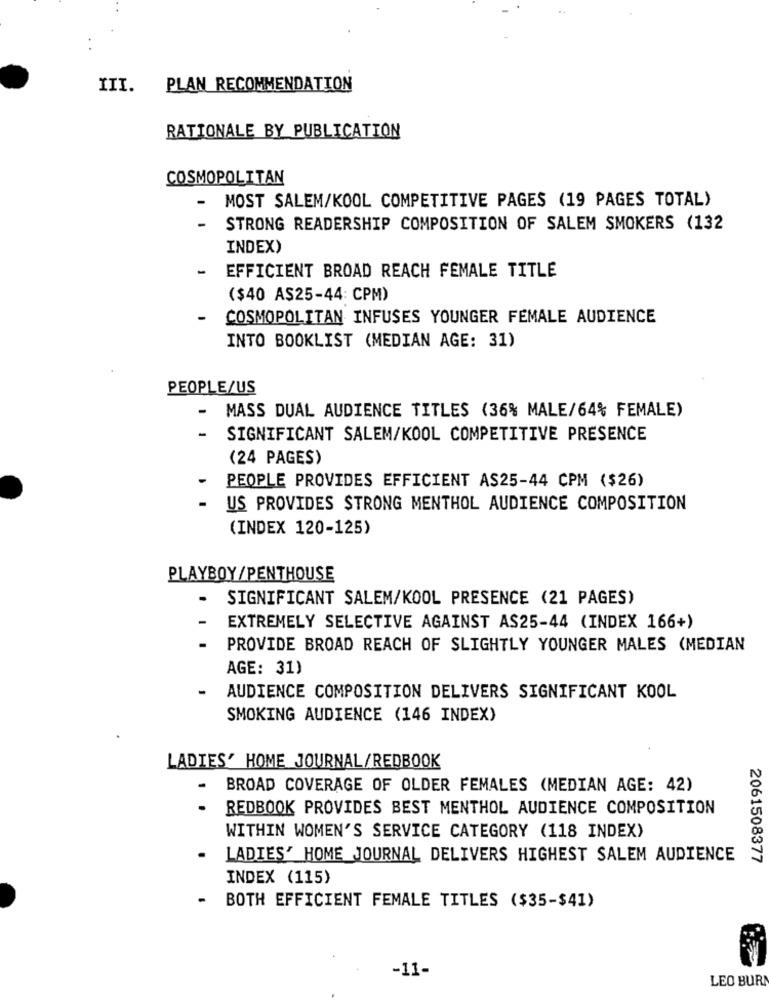
III.
PLAN RECOMMENDATION
RATIONALE BY PUBLICATION
COSMOPOLITAN
MOST SALEM/KOOL COMPETITIVE PAGES (19 PAGES TOTAL)
-
STRONG READERSHIP COMPOSITION OF SALEM SMOKERS (132
INDEX)
EFFICIENT BROAD REACH FEMALE TITLE
($40 AS25-44: CPM)
-
COSMOPOLITAN INFUSES YOUNGER FEMALE AUDIENCE
INTO BOOKLIST (MEDIAN AGE: 31)
PEOPLE/US
MASS DUAL AUDIENCE TITLES (36% MALE/64% FEMALE)
SIGNIFICANT SALEM/KOOL COMPETITIVE PRESENCE
(24 PAGES)
-
PEOPLE PROVIDES EFFICIENT AS25-44 CPM ($26)
US PROVIDES STRONG MENTHOL AUDIENCE COMPOSITION
(INDEX 120-125)
PLAYBOY/ PENTHOUSE
SIGNIFICANT SALEM/KOOL PRESENCE (21 PAGES)
EXTREMELY SELECTIVE AGAINST AS25-44 (INDEX 166+)
PROVIDE BROAD REACH OF SLIGHTLY YOUNGER MALES (MEDIAN
AGE: 31)
AUDIENCE COMPOSITION DELIVERS SIGNIFICANT KOOL
SMOKING AUDIENCE (146 INDEX)
LADIES' HOME JOURNAL/REDBOOK
BROAD COVERAGE OF OLDER FEMALES (MEDIAN AGE: 42)
REDBOOK PROVIDES BEST MENTHOL AUDIENCE COMPOSITION
WITHIN WOMEN'S SERVICE CATEGORY (118 INDEX)
.
LADIES' HOME JOURNAL DELIVERS HIGHEST SALEM AUDIENCE
2061508377
INDEX (115)
- BOTH EFFICIENT FEMALE TITLES ($35-$41)
-11-
LEO BURN